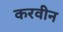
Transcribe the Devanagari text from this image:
करवीन